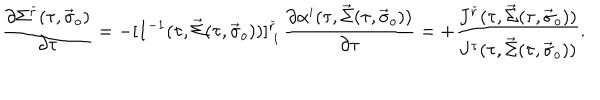
\frac { \partial \Sigma ^ { \check { r } } ( \tau , \vec { \sigma } _ { o } ) } { \partial \tau } = - [ I ^ { - 1 } ( \tau , \vec { \Sigma } ( \tau , \vec { \sigma } _ { o } ) ) ] _ { \; i } ^ { \check { r } } \, \frac { \partial \alpha ^ { i } ( \tau , \vec { \Sigma } ( \tau , \vec { \sigma } _ { o } ) ) } { \partial \tau } = + \frac { J ^ { \check { r } } ( \tau , \vec { \Sigma } ( \tau , \vec { \sigma } _ { o } ) ) } { J ^ { \tau } ( \tau , \vec { \Sigma } ( \tau , \vec { \sigma } _ { o } ) ) } .